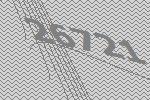
26721